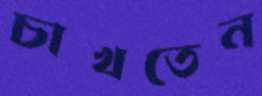
চাখতেন